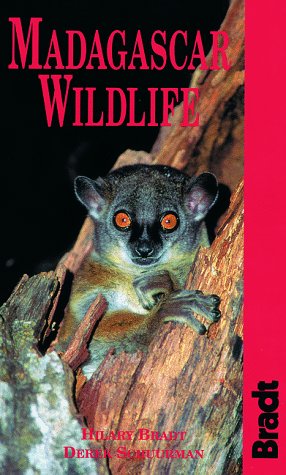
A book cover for Madagascar Wildlife (Bradt Guides); Nick Garbutt; Travel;